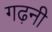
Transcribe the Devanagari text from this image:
गढ़नी